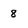
Character: 8